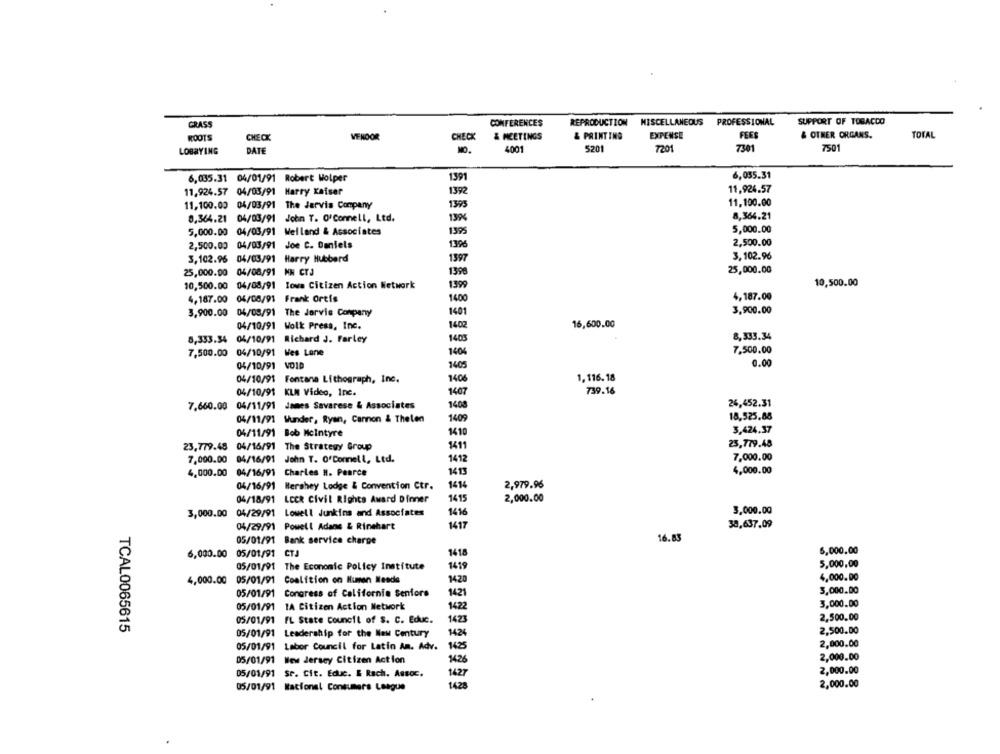
SUPPORT OF TOBACCO
GRASS
CONFERENCES
REPRODUCTION MISCELLANEOUS
PROFESSIONAL
ROOTS
CHECK
CHECK
& MEETINGS
& PRINTING
EXPENSE
FEES
& OTHER ORGANS.
TOTAL
VENDOR
LOBBYING
DATE
MO.
4001
5201
7201
7301
7501
6,035.31 04/01/91 Robert Wolper
1391
6,055.31
11,924.57
11,924.57 04/03/91 Harry Kaiser
1392
11,100.00
11,100.00 04/03/91 The Jarvis Company
1393
8,364.21 04/03/91 John T. O'Connell, Ltd.
139%
8,364.21
5,000.00 04/03/91 Melland & Associates
1395
5,000.00
2,500.00
2,500.00 04/03/91 Joe C. Daniels
1396
3,102.96
3,102.96 04/03/91 Harry Hubbard
1397
25,000.00 04/08/91 MM CYJ
139
25,000.00
10,500.00 04/08/91 Iowa Citizen Action Network
1399
10,500.00
4,187.00 04/08/91 Frank Ortis
1400
4,187.00
3,900.00
3,900.00 04/08/91 The Jarvis Company
1401
16,600.00
04/10/91 Wolk Press, Inc.
1402
8,333.34 04/10/91 Richard J. Farley
1403
8,333.34
7,500.00 04/10/91 Wes Lane
1404
7,500.00
0.00
04/10/91 VOID
1405
1406
1. 116. 18
04/10/91
Fontana Lithograph, Inc.
04/10/91
KLM Video, Inc.
1407
739.16
7,660.00 04/11/91 James Savarese & Associates
1408
26,452.31
04/11/91 Wunder, Ryan, Cannon & Thelen
1409
18.525.88
3,424.37
04/11/91 Bob Mcintyre
1410
23,779.48 04/16/91 The Strategy Group
1411
23,779.48
7,000.00
04/16/91
John T. O'Connell, Ltd.
1412
7,000.00
4,000.00
04/16/91
Charles H. Pearce
1413
4,000.00
04/16/91
Hershey Lodge & Convention Ctr.
1414
2,979.96
2,000.00
04/18/91 LCCR Civil Rights Award Dinner
1415
04/29/91
Lowell Junkins and Associates
1416
3,000.00
3,000.00
04/29/91 Powell Adans & Rinehart
1417
38,637.09
05/01/91 Bank service charge
16.83
6,000.00
6,000.00
05/01/91 CTJ
1418
05/01/91 The Economic Policy Institute
1419
5,000,00
4,000.00
05/01/91
Coalition on Human Nesde
1420
4,000.00
05/01/91 Congress of California Seniors
1421
3,000.00
3,000.00
05/01/91
1A Citizen Action Network
1422
05/01/91
1423
2,500.00
FL State council of S. C. Educ.
TCAL0065615
05/01/91 Leadership for the New Century
1424
2,500.00
05/01/91 Labor Council for Latin An. Adv.
1425
2,000.00
2,000.00
05/01/91 New Jersey Citizen Action
1426
2,000.00
05/01/91 SP. Cit. Educ. E Rach. Assoc.
1427
05/01/91 National Consumers League
1428
2,000.00